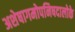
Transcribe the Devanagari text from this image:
अशेषागमोपनिषदालोके